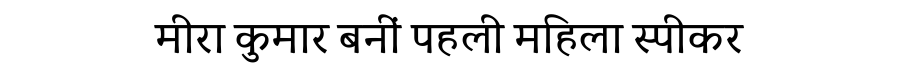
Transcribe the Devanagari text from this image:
मीरा कुमार बनीं पहली महिला स्पीकर